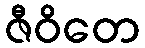
ဇီဝိတေ